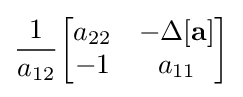
{\frac {1}{a_{12}}}{\begin{bmatrix}a_{22}&-\Delta \mathbf {[a]} \\-1&a_{11}\end{bmatrix}}